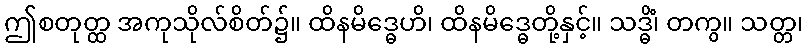
ဤစတုတ္ထ အကုသိုလ်စိတ်၌။ ထိနမိဒ္ဓေဟိ၊ ထိနမိဒ္ဓေတို့နှင့်။ သဒ္ဓိံ၊ တကွ။ သတ္တ၊